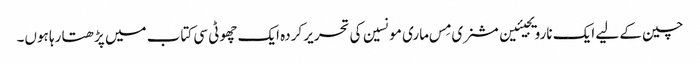
چین کے لیے ایک نارویجیئین مشنری مِس ماری مونسین کی تحریر کردہ ایک چھوٹی سی کتاب میں پڑھتا رہا ہوں۔